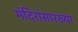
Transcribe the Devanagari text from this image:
मंदिरांसारख्या